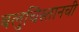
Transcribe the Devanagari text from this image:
बलुचिस्तानची